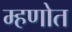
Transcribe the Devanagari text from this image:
म्हणोत